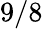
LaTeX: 9/8